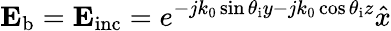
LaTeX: \mathbf{E_{\mathrm{b}}}=\mathbf{E_{\mathrm{inc}}}=e^{-jk_{0}\sin\theta_{\mathrm{i}}y-jk_{0}\cos\theta_{\mathrm{i}}z}\hat{x}